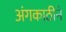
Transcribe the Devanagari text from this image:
अंगकाठीने